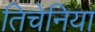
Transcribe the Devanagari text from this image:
तिचेनिया